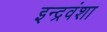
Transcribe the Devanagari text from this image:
इन्द्रवंशा